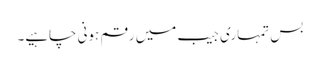
بس تمہاری جیب میں رقم ہونی چاہیے۔